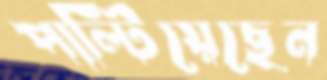
পাল্টিয়েছেন